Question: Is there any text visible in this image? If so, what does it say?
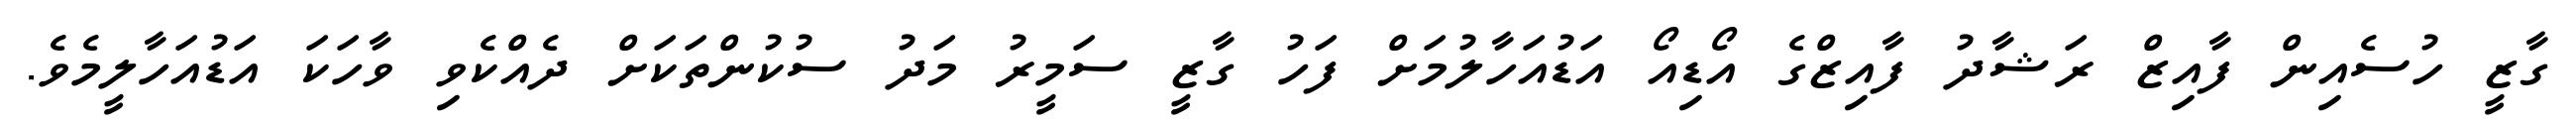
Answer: ގާޒީ ހުސެއިން ފާއިޒް ރަޝާދު ފާއިޒްގެ އޯޑިއޯ އަޑުއަހާލުމަށް ފަހު ގާޒީ ސަމީރު މަދު ސުކުންތަކަށް ދެއްކެވި ވާހަކަ އަޑުއަހާލީމެވެ.